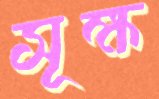
সূক্ষ